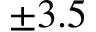
\pm 3 . 5